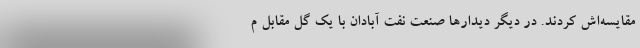
مقایسه‌اش کردند. در دیگر دیدارها صنعت نفت آبادان با یک گل مقابل م